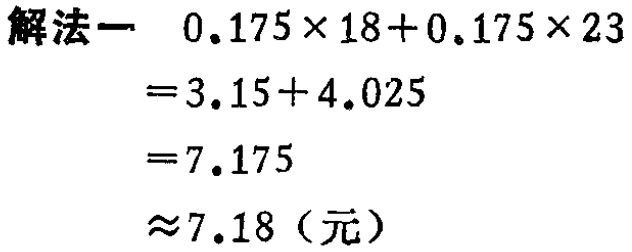
```

解法一 \(0.175\times18 + 0.175\times23\)

\(=3.15 + 4.025\)

\(=7.175\)

\(\approx7.18\)（元）

```